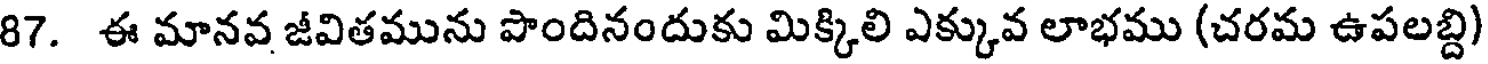
87. ఈ మానవ జీవితమును పొందినందుకు మిక్కిలి ఎక్కువ లాభము (చరమ ఉపలబ్ది)